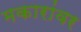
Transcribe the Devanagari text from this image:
मकारांवर